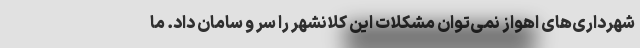
شهرداری‌های اهواز نمی‌توان مشکلات این کلانشهر را سر و سامان داد. ما